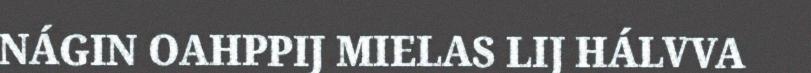
NÁGIN OAHPPIJ MIELAS LIJ HÁLVVA